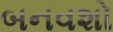
બનવશો